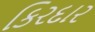
કિરદાર